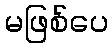
မဖြစ်ပေ